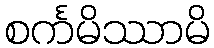
စင်္ကမိဿာမိ